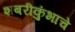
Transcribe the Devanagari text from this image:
शबरीकुंभाचे